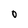
Character: O